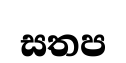
සතප